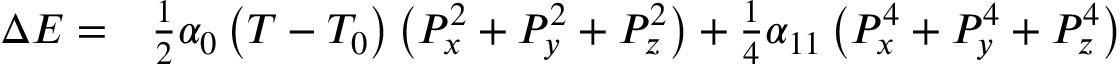
\begin{array} { l l } { \Delta E = } & { { \frac { 1 } { 2 } } \alpha _ { 0 } \left( T - T _ { 0 } \right) \left( P _ { x } ^ { 2 } + P _ { y } ^ { 2 } + P _ { z } ^ { 2 } \right) + { \frac { 1 } { 4 } } \alpha _ { 1 1 } \left( P _ { x } ^ { 4 } + P _ { y } ^ { 4 } + P _ { z } ^ { 4 } \right) } \end{array}